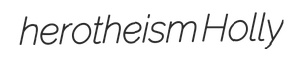
herotheism Holly